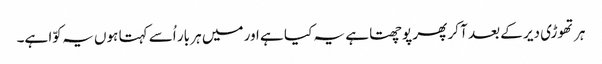
ہر تھوڑی دیر کے بعد آ کر پھر پوچھتا ہے یہ کیا ہے اور میں ہر بار اُسے کہتا ہوں یہ کوّا ہے۔